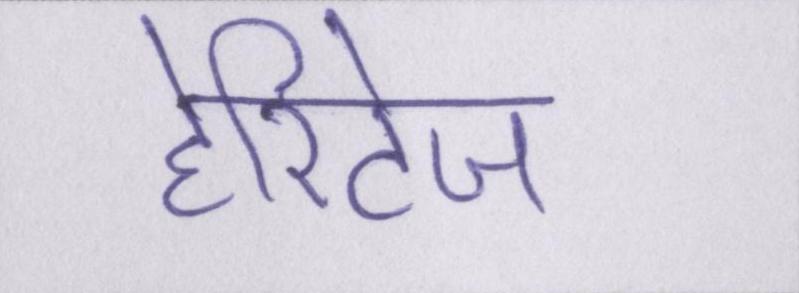
हेरिटेज